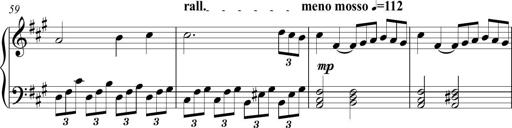
Title: Piano Sonatina in A major
Composer: Z Q Sysmoebius
Key: A major